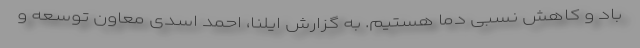
باد و کاهش نسبی دما هستیم. به گزارش ایلنا، احمد اسدی معاون توسعه و